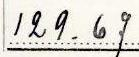
129.67